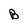
Character: B